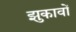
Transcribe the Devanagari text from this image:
झुकावों